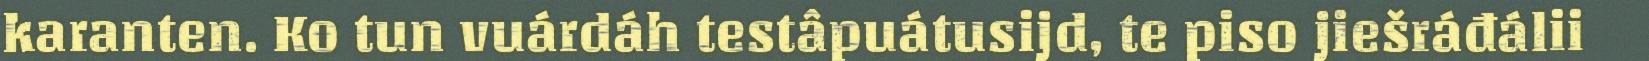
karanten. Ko tun vuárdáh testâpuátusijd, te piso jiešráđálii